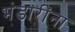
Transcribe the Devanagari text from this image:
भंडारींना